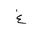
Letter: _gayn